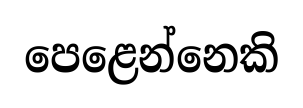
පෙළෙන්නෙකි